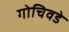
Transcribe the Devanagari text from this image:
गोचिवडे